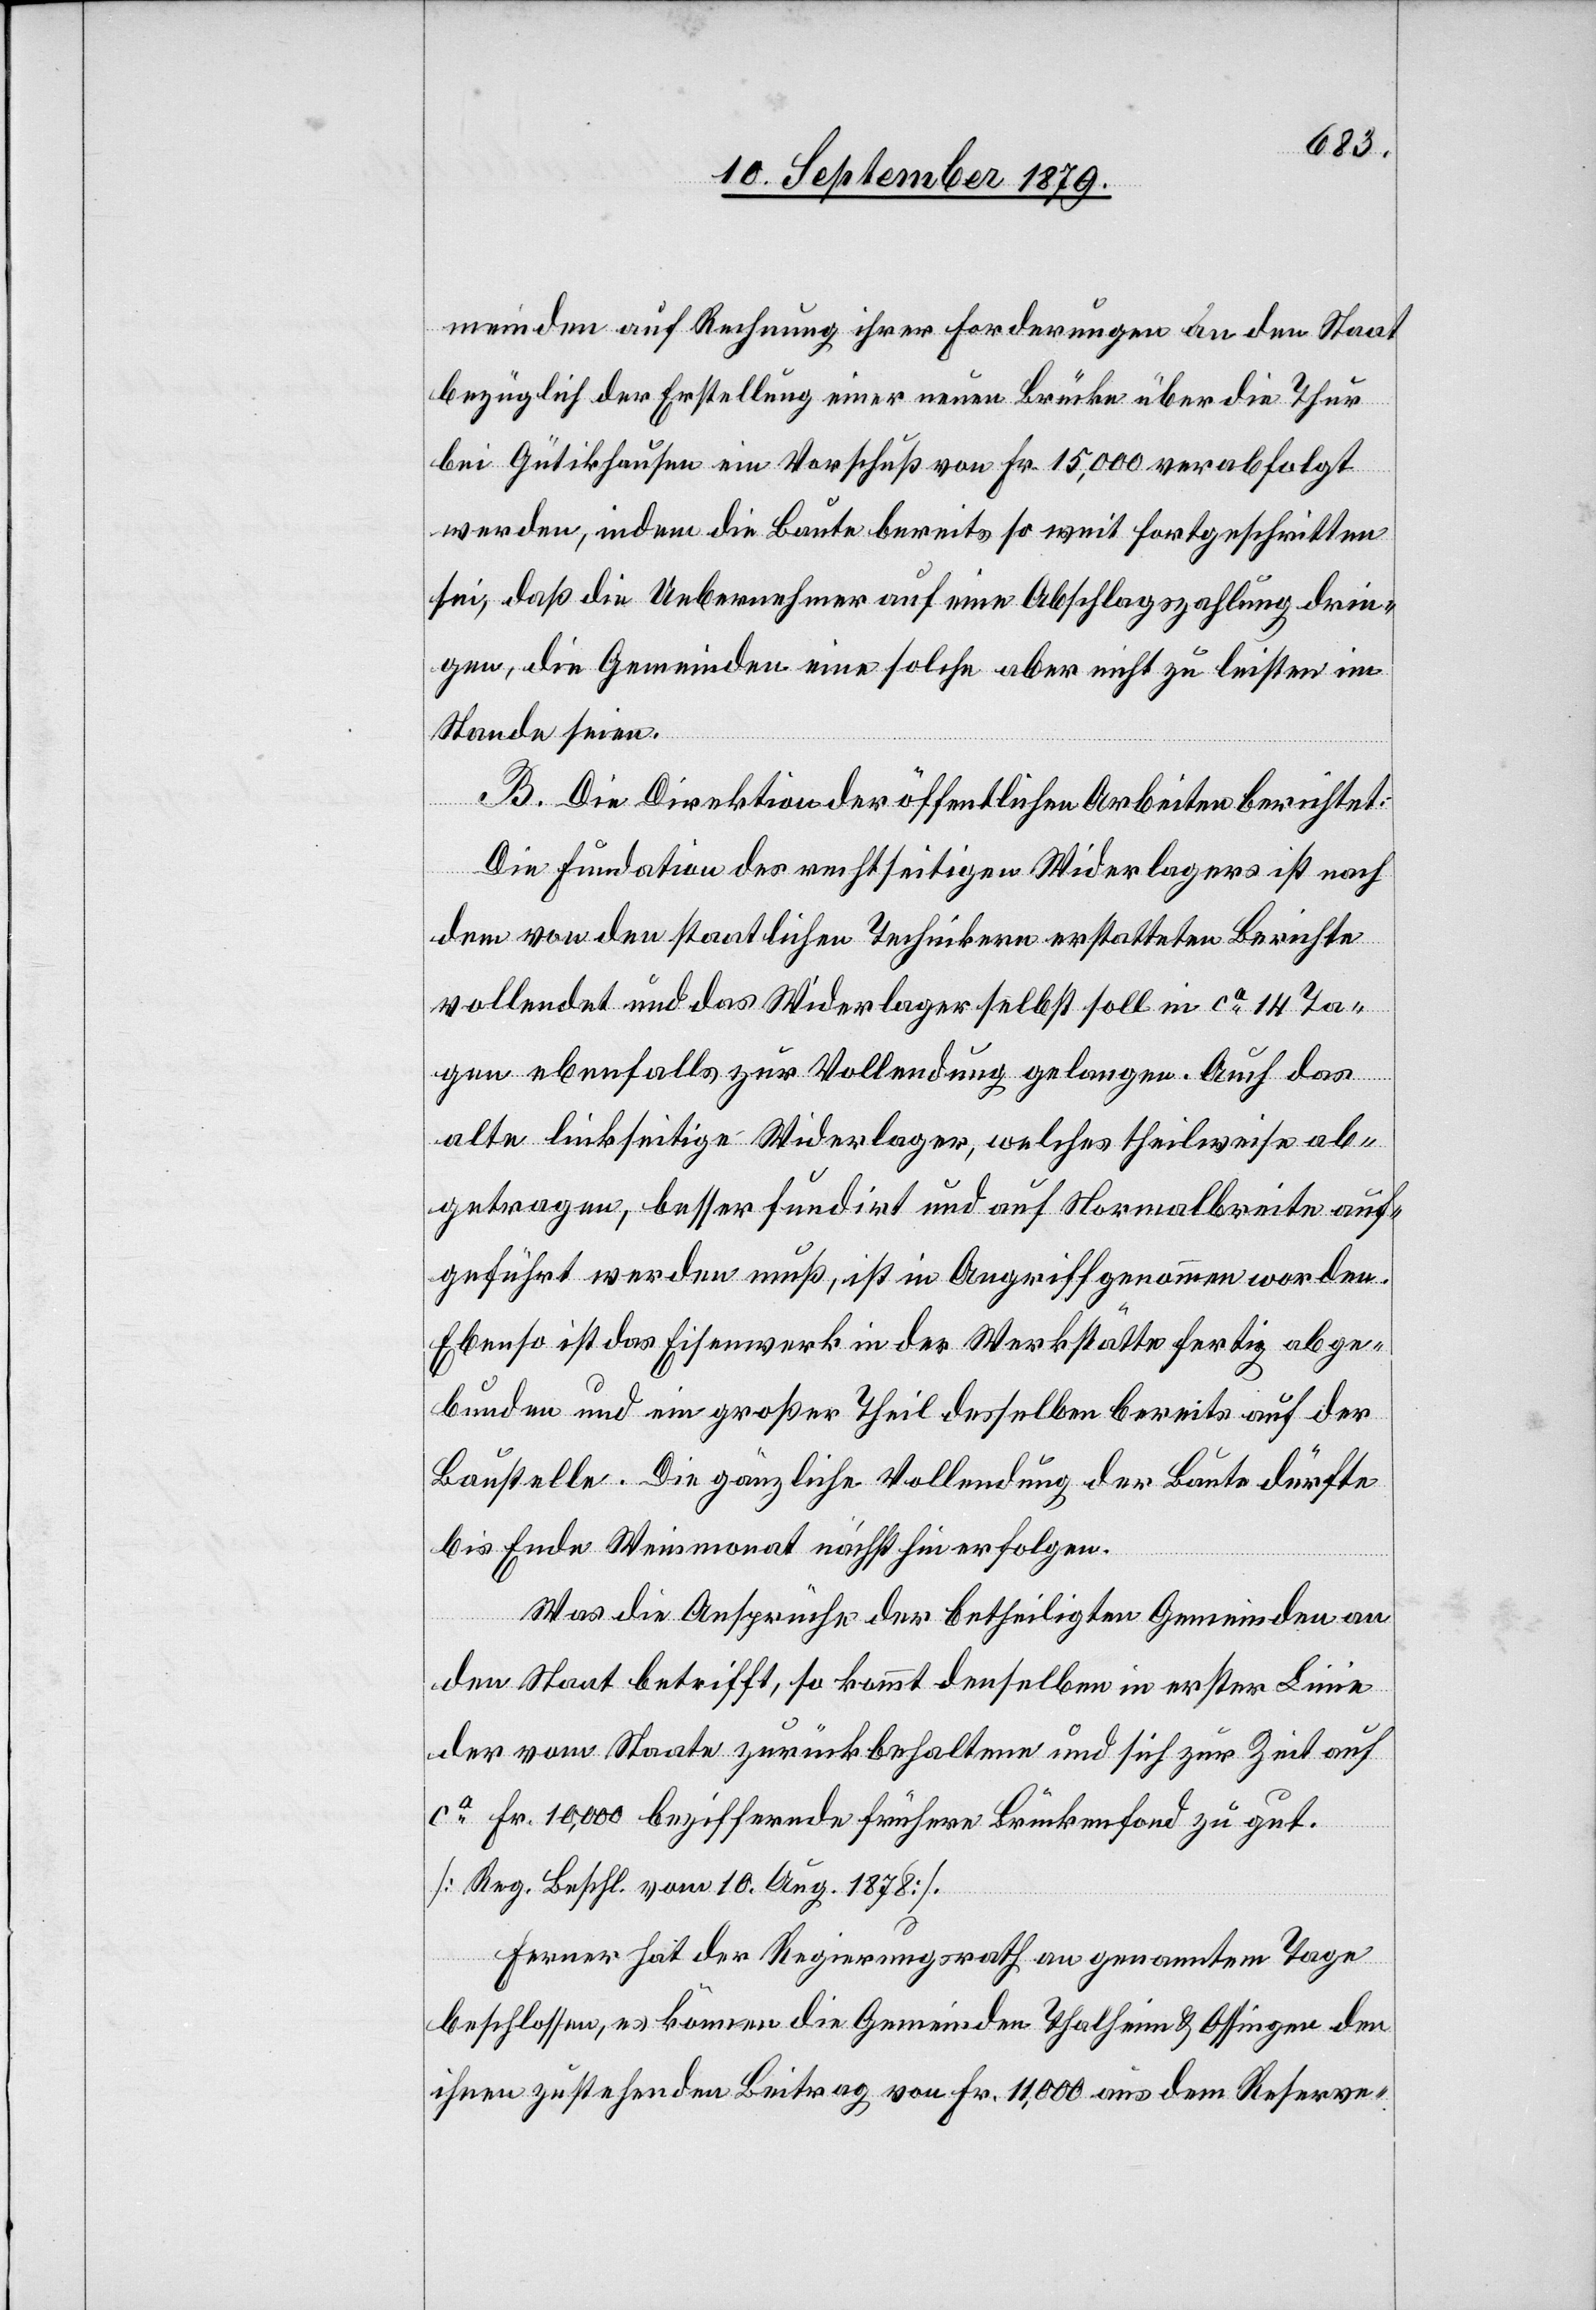
meinden auf Rechnung ihrer Forderungen an den Staat
bezüglich der Erstellung einer neuen Brücke über die Thur
bei Gütikhausen einen Vorschuß von Fr. 15,000 verabfolgt
werden, indem die Baute bereits so weit fortgeschritten
sei, daß die Uebernehmer auf eine Abschlagszahlung drin¬
gen, die Gemeinden eine solche aber nicht zu leisten im
Stande seien.
B. Die Direktion der öffentlichen Arbeiten berichtet:
Die Fundation des rechtseitigen Widerlagers ist nach
dem von den staatlichen Technikern erstatteten Berichte
vollendet und das Widerlager selbst soll in ca 14 Ta¬
gen ebenfalls zur Vollendung gelangen. Auch das
alte linkseitige Widerlager, welches theilweise ab¬
getragen, besser fundirt und auf Normalbreite auf¬
geführt werden muß, ist in Angriff genommen worden.
Ebenso ist das Eisenwerk in der Werkstätte fertig abge¬
bunden und ein großer Theil desselben bereits auf der
Baustelle. Die gänzliche Vollendung der Baute dürfte
bis Ende Weinmonat nächsthin erfolgen.
Was die Ansprüche der betheiligten Gemeinden an
den Staat betrifft, so kommt denselben in erster Linie
der vom Staate zurückbehaltene und sich zur Zeit auf
ca Fr. 10,000 beziffernde frühere Brückenfond zu gut.
[Reg. Beschl. vom 10. Aug. 1878].
Ferner hat der Regierungsrath an genanntem Tage
beschlossen, es können die Gemeinden Thalheim & Ossingen den
ihnen zustehenden Beitrag von Fr. 11,000 aus dem Reserve-